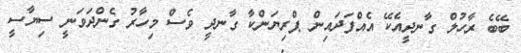
ބޭބެ ރާހުލް ގާނދީއެކޭ އެއްފަދައިން ޕްރިޔަންކާ ގާނދީ ވެސް މިހާރު ގެންދަވަނީ ސިޔާސީ